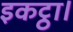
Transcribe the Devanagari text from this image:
इकट्ठा।